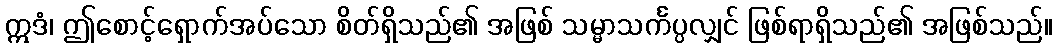
ဣဒံ၊ ဤစောင့်ရှောက်အပ်သော စိတ်ရှိသည်၏ အဖြစ် သမ္မာသင်္ကပ္ပလျှင် ဖြစ်ရာရှိသည်၏ အဖြစ်သည်။